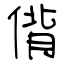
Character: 偝